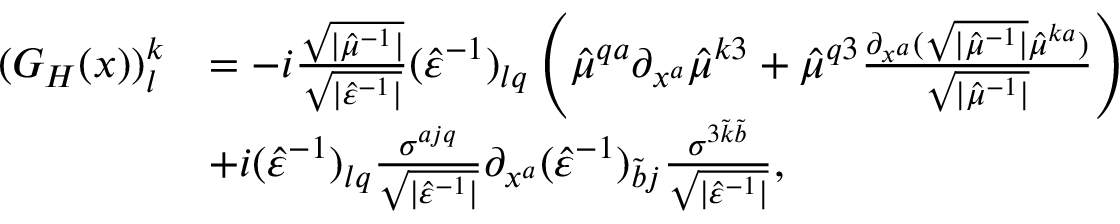
\begin{array} { r l } { ( G _ { H } ( x ) ) _ { l } ^ { k } } & { = - i \frac { \sqrt { \lvert \hat { \mu } ^ { - 1 } \rvert } } { \sqrt { \lvert \hat { \varepsilon } ^ { - 1 } \rvert } } ( \hat { \varepsilon } ^ { - 1 } ) _ { l q } \left( \hat { \mu } ^ { q a } \partial _ { x ^ { a } } \hat { \mu } ^ { k 3 } + \hat { \mu } ^ { q 3 } \frac { \partial _ { x ^ { a } } ( \sqrt { \lvert \hat { \mu } ^ { - 1 } \rvert } \hat { \mu } ^ { k a } ) } { \sqrt { \lvert \hat { \mu } ^ { - 1 } \rvert } } \right) } \\ & { + i ( \hat { \varepsilon } ^ { - 1 } ) _ { l q } \frac { \sigma ^ { a j q } } { \sqrt { \lvert \hat { \varepsilon } ^ { - 1 } \rvert } } \partial _ { x ^ { a } } ( \hat { \varepsilon } ^ { - 1 } ) _ { \tilde { b } j } \frac { \sigma ^ { 3 \tilde { k } \tilde { b } } } { \sqrt { \lvert \hat { \varepsilon } ^ { - 1 } \rvert } } , } \end{array}